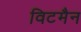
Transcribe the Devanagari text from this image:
विटमैन